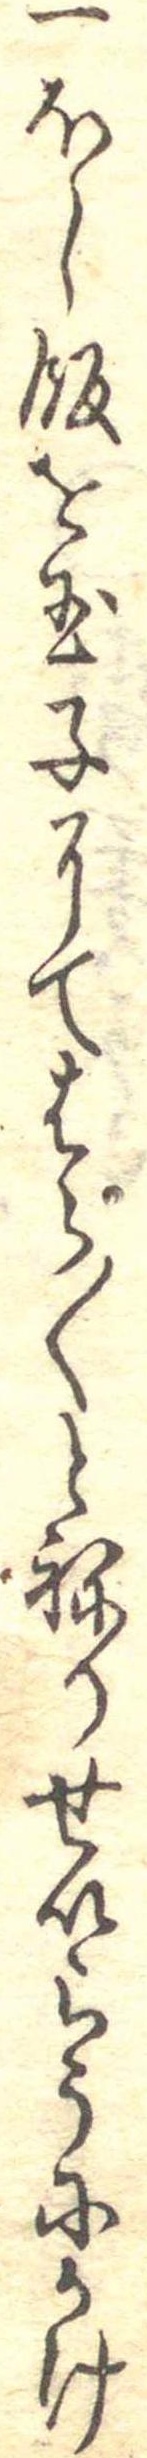
一ほし飯を玉子にてはら〱とねりせいらうにかけ